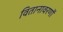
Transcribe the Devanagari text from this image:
वितानावरणों